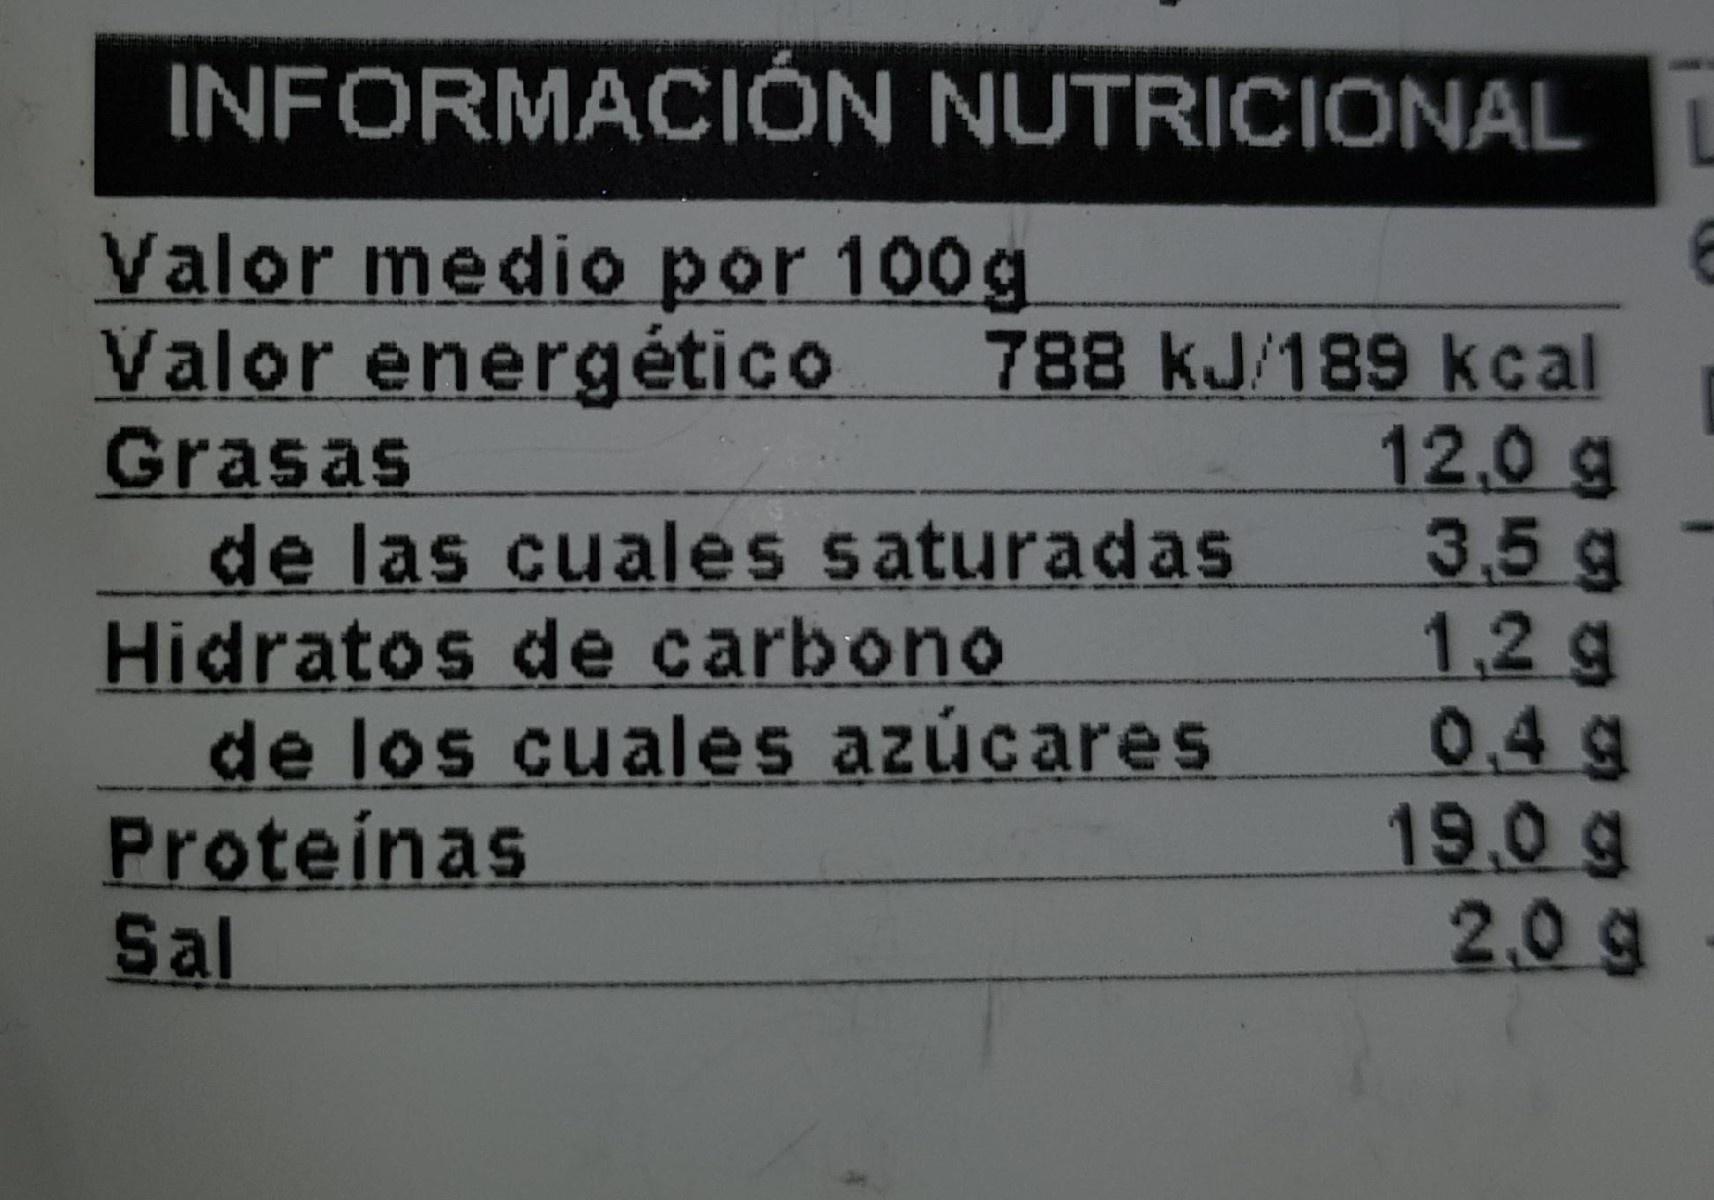
INFORMACIÓN NUTRICIONALL
Valor medio por 100g Valor energético Grasas de las cuales saturadas Hidratos de carbono de los cuales azúcares Proteinas Sal
788 kJ/189 kcal 12.0 g 3.5g 1,2g 0.4 g 19,0 g 2,0 g